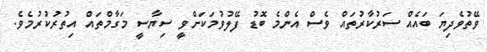
ވޭތުވެދިޔަ ބައެއް ސަރުކާރުތައް ވެސް އެންމެ ބޮޑު ފޭލުވުމަކަށްވީ ސިޔާސީ މަގާމްތައް އިތުރުކުރުމެވެ.